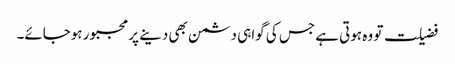
فضیلت تو وہ ہوتی ہے جس کی گواہی دشمن بھی دینے پر مجبور ہوجائے۔